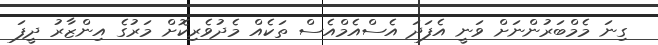
ގިނަ މެމްބަރުންނަށް ވަނީ އެފަދަ އެސްއެމްއެސް ތަކެއް މެދުވެރިކޮށް މަރުގެ އިންޒާރު ދީފަ